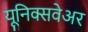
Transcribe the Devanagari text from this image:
यूनिक्सवेअर